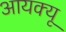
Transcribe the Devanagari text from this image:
आयक्यू